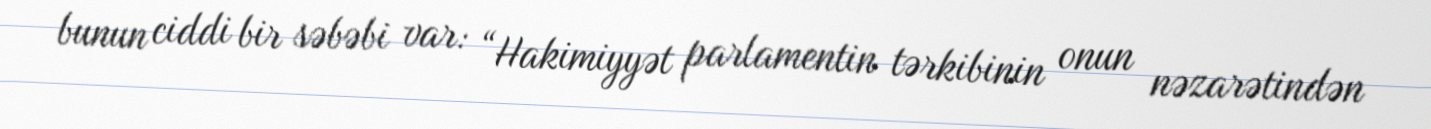
bunun ciddi bir səbəbi var: “Hakimiyyət parlamentin tərkibinin onun nəzarətindən